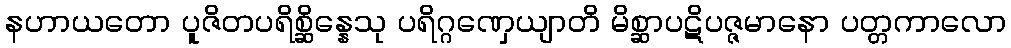
နဟာယတော ပူဇိတပရိစ္ဆိန္နေသု ပရိဂ္ဂဏှေယျာတိ မိစ္ဆာပဋိပဇ္ဇမာနော ပတ္တကာလော